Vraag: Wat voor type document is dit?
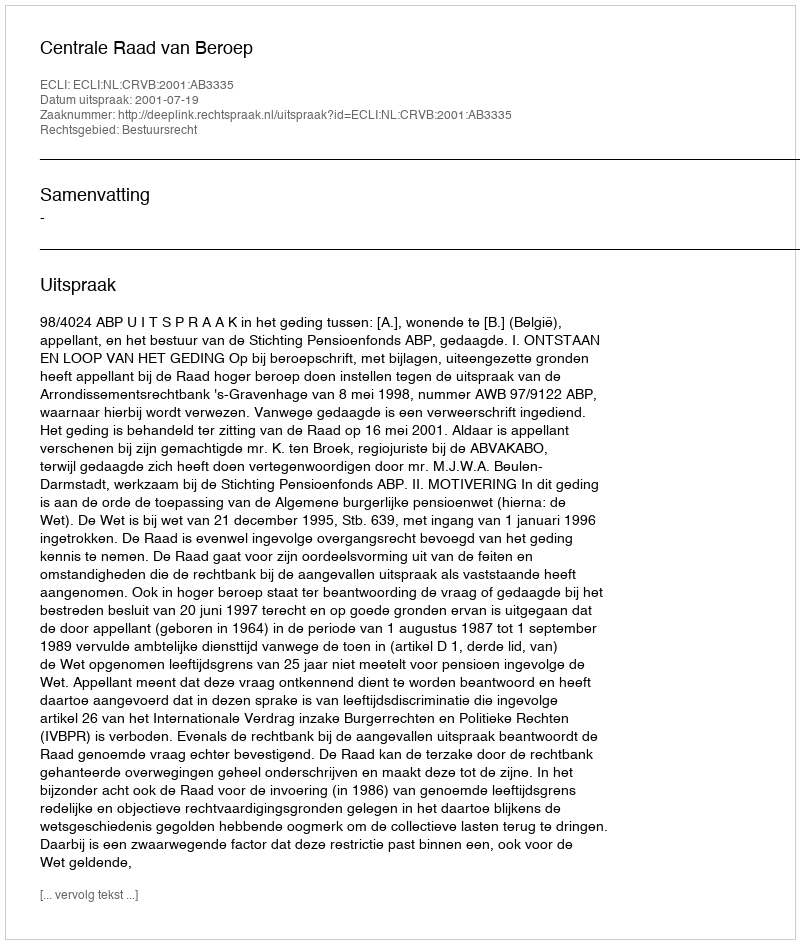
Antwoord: Uitspraak